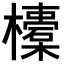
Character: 𣟄